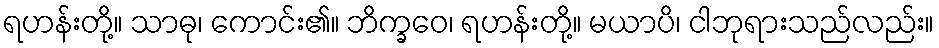
ရဟန်းတို့။ သာဓု၊ ကောင်း၏။ ဘိက္ခဝေ၊ ရဟန်းတို့။ မယာပိ၊ ငါဘုရားသည်လည်း။